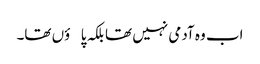
اب وہ آدمی نہیں تھا بلکہ پاؤں تھا۔